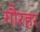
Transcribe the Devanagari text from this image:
गौरहर